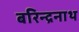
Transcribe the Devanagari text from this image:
बरिन्द्रनाथ